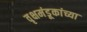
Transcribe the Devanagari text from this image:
वृक्षमंडूकांच्या